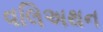
વલિઅથન